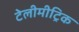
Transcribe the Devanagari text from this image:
टेलीमीट्रिक